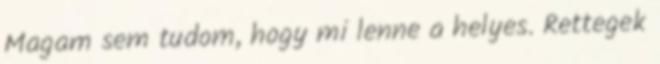
Magam sem tudom, hogy mi lenne a helyes. Rettegek